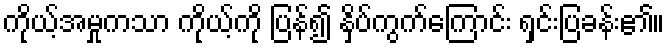
ကိုယ့်အမှုကသာ ကိုယ့်ကို ပြန်၍ နှိပ်ကွက်ကြောင်း ရှင်းပြခန်း၏။